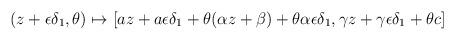
LaTeX: \begin{align*}(z+\epsilon\delta_1,\theta) \mapsto[az + a\epsilon\delta_1 + \theta(\alpha z + \beta) +\theta\alpha\epsilon\delta_1,\gamma z + \gamma\epsilon\delta_1 + \theta c]\end{align*}